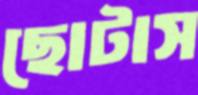
ছোটাস